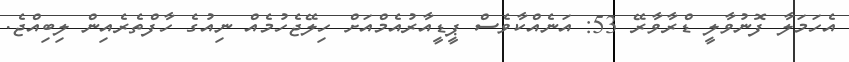
އެހަމަލާ ފޮނުވާލީ ޑްރާވާރޭ 53: އަނެއްކާވެސް ޕީޑީއާރުއެމްއަށް ހިލޭޖެހުމެއް ނިއުގެ ހާފްތެރެއިން ލިބިއްޖެ.